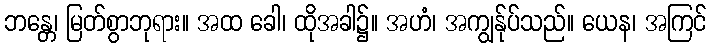
ဘန္တေ၊ မြတ်စွာဘုရား။ အထ ခေါ၊ ထိုအခါ၌။ အဟံ၊ အကျွန်ုပ်သည်။ ယေန၊ အကြင်